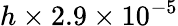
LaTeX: h\times 2.9\times 10^{-5}